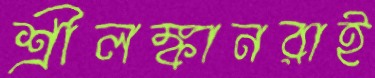
শ্রীলঙ্কানরাই